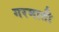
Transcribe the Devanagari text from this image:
गरमाती